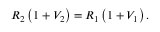
R _ { 2 } \left( 1 + V _ { 2 } \right) = R _ { 1 } \left( 1 + V _ { 1 } \right) .